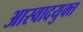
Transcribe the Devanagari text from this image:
आस्वादयुक्त